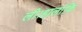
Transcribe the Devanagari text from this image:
ली।हालांकि